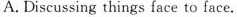
A.Discussing things face to face.